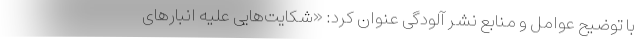
با توضیح عوامل و منابع نشر آلودگی عنوان کرد: «شکایت‌هایی علیه انبارهای